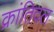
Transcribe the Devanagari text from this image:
क्रांतिदल